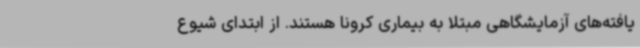
یافته‌های آزمایشگاهی مبتلا به بیماری کرونا هستند. از ابتدای شیوع